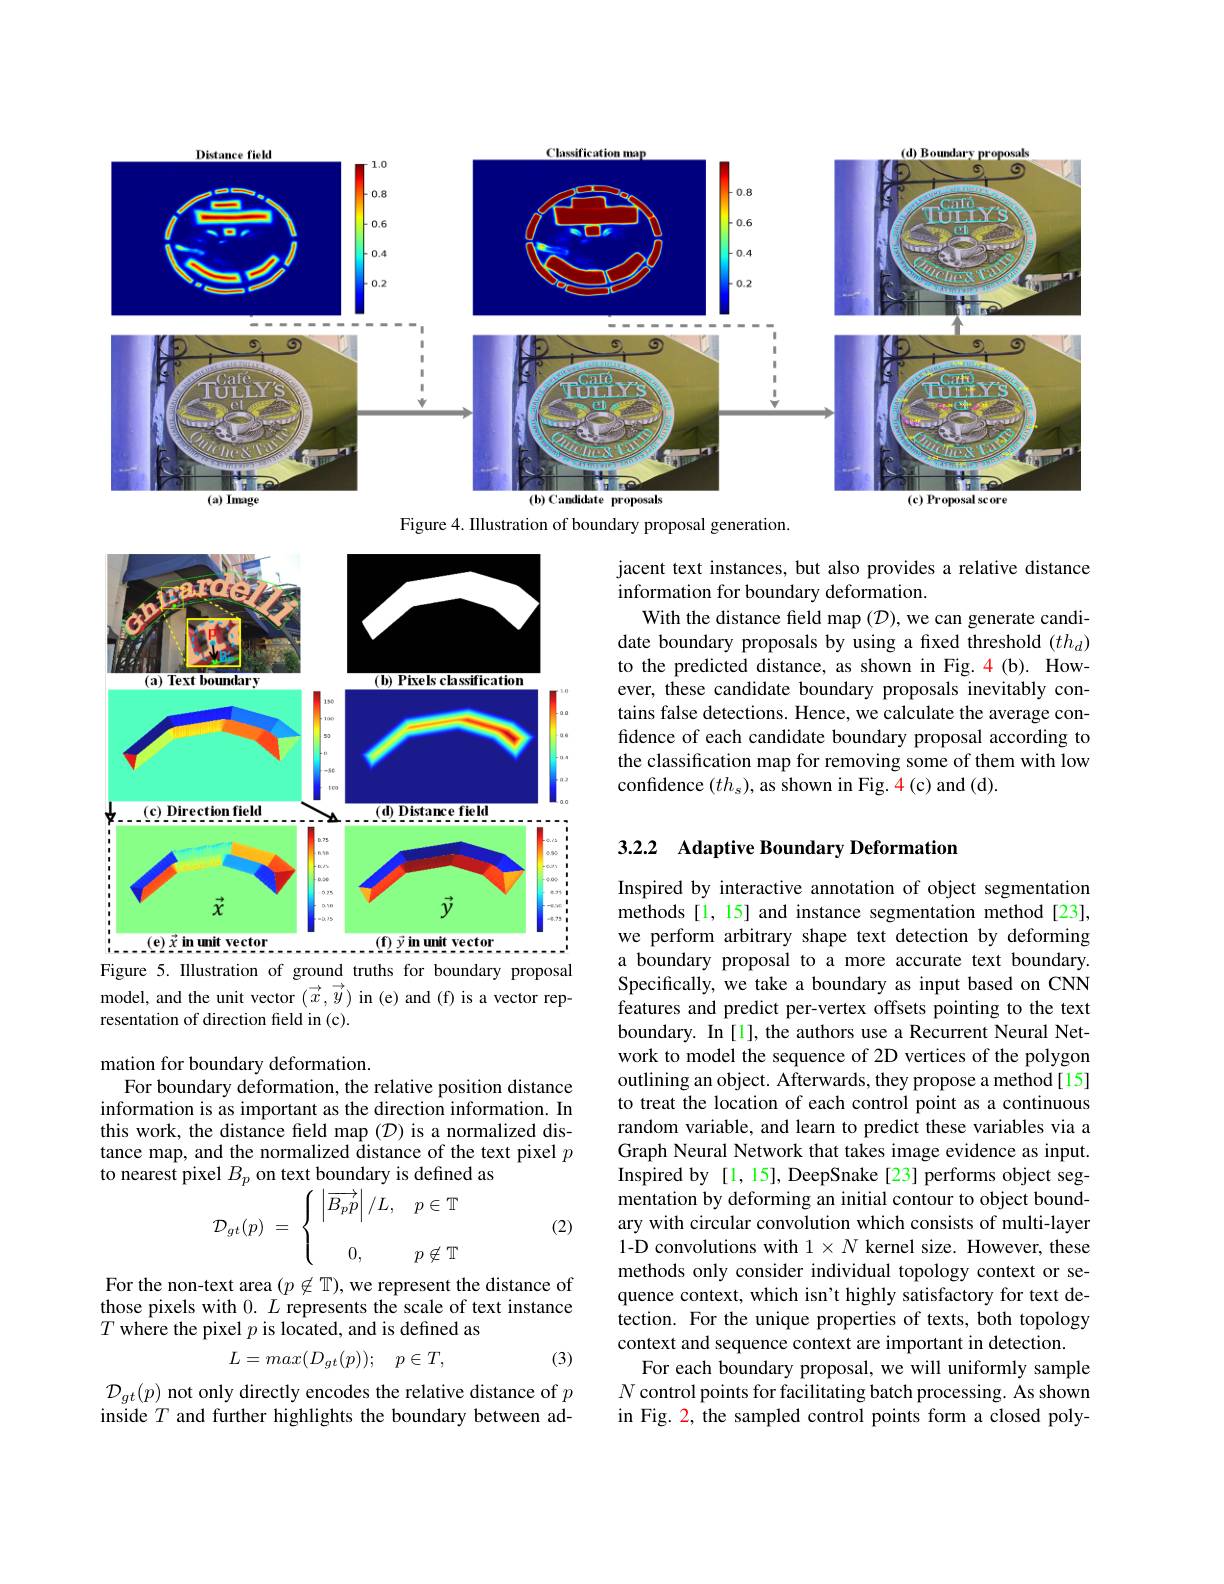
<FigureHere>
Figure 4. Illustration of boundary proposal generation.

jacent text instances, but also provides a relative distance
information for boundary deformation.
With the distance field map $(\mathcal{D})$,we can generate candidate boundary proposals by using a fxed threshold $(th_d)$ to the predicted distance, as shown in Fig. 4(b). However, these candidate boundary proposals inevitably contains false detections. Hence, we calculate the average confidence of each candidate boundary proposal according to the classification map for removing some of them with low confidence $(th_s)$,as shown in Fig. 4(c) and (d).

<FigureHere>
$( \mathbf{e} ) \vec{x} \textbf{ in unit vector}$
$. ( \mathbf{f} )$ $\vec{y}$ $\mathbf{in}$ $\mathbf{umit}$ $\mathbf{vector}$

## 3.2.2 Adaptive Boundary Deformation

Figure 5. Illustration of ground truths for boundary proposal model, and the unit vector $(\vec{x},\vec{y})$ in (e) and (f) is a vector representation of direction field in (c).

mation for boundary deformation.
For boundary deformation, the relative position distance information is as important as the direction information. In this work, the distance feld map $(\mathcal{D})$ is a normalized distance map, and the normalized distance of the text pixel $p$ to nearest pixel $B_p$ on text boundary is defined as
$$\begin{array}{rcl}{\text{acl }D_{p}\:\text{on tcat boundal y is ucnict}}\\{{\mathcal D_{gt}(p)\:=\:\left\{\begin{array}{cc}\left|\overrightarrow{B_{p}p}\right|/L,&p\in\mathbb{T}\\\\0,&p\not\in\mathbb{T}\end{array}\right.}}\end{array}$$
Inspired by interactive annotation of object segmentation methods [1, 15] and instance segmentation method [23], we perform arbitrary shape text detection by deforming a boundary proposal to a more accurate text boundary. Specifically, we take a boundary as input based on CNN features and predict per-vertex offsets pointing to the text boundary. In [1], the authors use a Recurrent Neural Network to model the sequence of 2D vertices of the polygon outlining an object. Afterwards, they propose a method[15] to treat the location of each control point as a continuous random variable, and learn to predict these variables via a Graph Neural Network that takes image evidence as input. Inspired by[1,15], DeepSnake[23] performs object segmentation by deforming an initial contour to object boundary with circular convolution which consists of multi-layer 1-D convolutions with $1\times N$ kernel size. However, these methods only consider individual topology context or sequence context, which isn't highly satisfactory for text detection. For the unique properties of texts, both topology context and sequence context are important in detection.
For each boundary proposal, we will uniformly sample $N$ control points for facilitating batch processing. As shown in Fig. 2, the sampled control points form a closed poly-

(2)

For the non-text area $(p\not\in\mathbb{T})$,we represent the distance of those pixels with $0.L$ represents the scale of text instance $T$ where the pixel $p$ is located, and is defined as

(3)
$$L=max(D_{gt}(p));\quad p\in T,$$
$\mathcal{D}_{gt}(p)$ not only directly encodes the relative distance of $p$ inside $T$ and further highlights the boundary between ad-